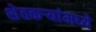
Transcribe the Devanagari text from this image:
शेतकर्‍यांमध्ये